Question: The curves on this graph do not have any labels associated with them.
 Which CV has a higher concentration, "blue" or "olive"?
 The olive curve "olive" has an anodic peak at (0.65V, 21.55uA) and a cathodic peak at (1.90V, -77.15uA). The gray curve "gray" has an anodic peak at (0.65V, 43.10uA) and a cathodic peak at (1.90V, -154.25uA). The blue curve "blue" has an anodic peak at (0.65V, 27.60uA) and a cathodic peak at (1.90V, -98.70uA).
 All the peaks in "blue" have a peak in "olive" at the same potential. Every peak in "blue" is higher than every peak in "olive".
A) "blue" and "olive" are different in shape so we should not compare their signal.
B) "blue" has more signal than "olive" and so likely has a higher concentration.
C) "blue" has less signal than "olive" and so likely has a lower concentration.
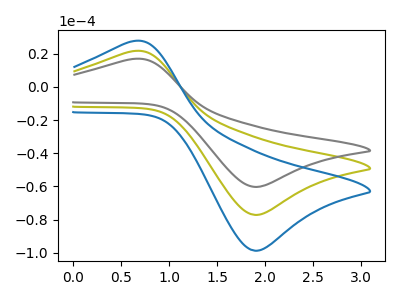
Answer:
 <answer>B) "blue" has more signal than "olive" and so likely has a higher concentration.</answer>
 <eval>B</eval>